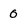
Character: 0